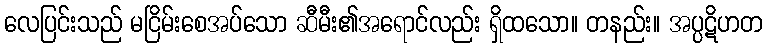
လေပြင်းသည် မငြိမ်းစေအပ်သော ဆီမီး၏အရောင်လည်း ရှိထသော။ တနည်း။ အပ္ပဋိဟတ